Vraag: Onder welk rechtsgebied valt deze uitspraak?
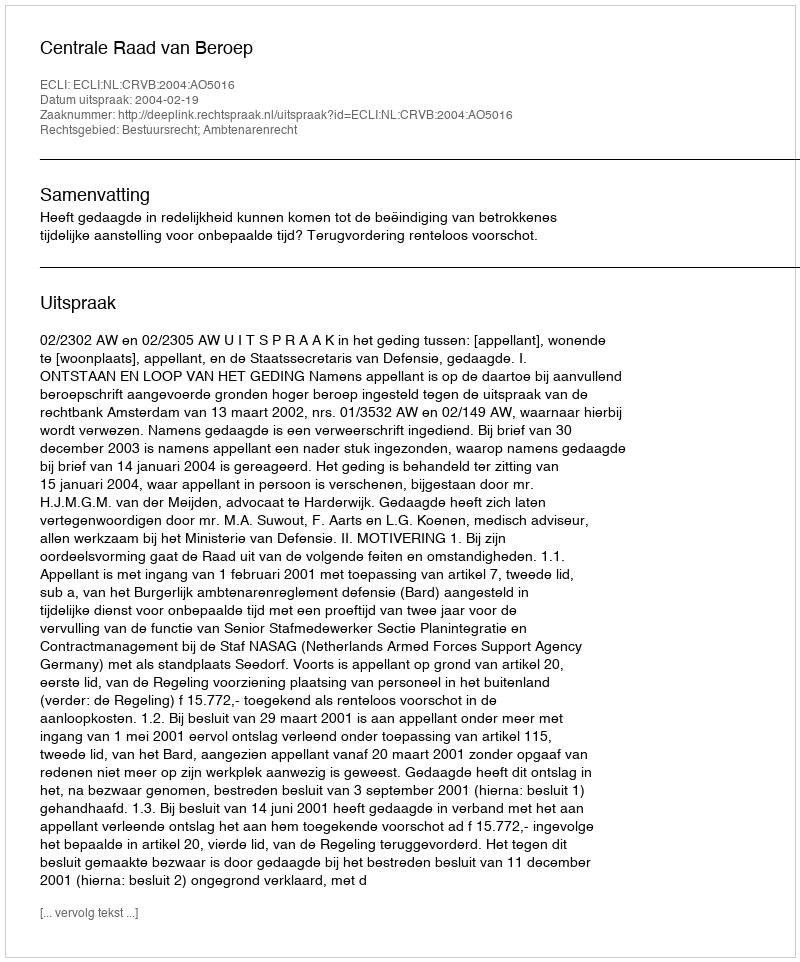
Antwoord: Bestuursrecht; Ambtenarenrecht